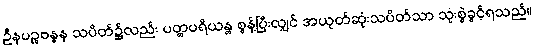
ဦနပဉ္စဗန္ဓန သပိတ်၌လည်း ပတ္တပရိယန္တ စွန့်ပြီးလျှင် အယုတ်ဆုံးသပိတ်သာ သုံးစွဲခွင့်ရသည်။